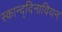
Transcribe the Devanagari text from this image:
स्कान्द्दिनावियन